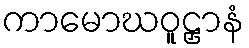
ကာမောဃဝူဠှာနံ